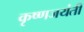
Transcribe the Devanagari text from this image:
कृष्णजयंती